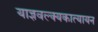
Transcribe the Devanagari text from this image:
याज्ञवल्क्यकात्यायन